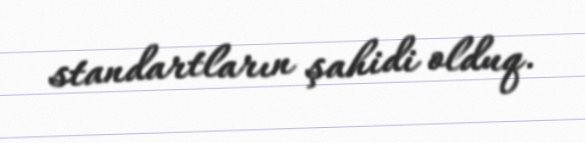
standartların şahidi olduq.